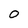
Character: 0